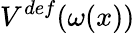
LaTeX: V^{def}(\omega(x))